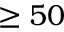
\ge 5 0